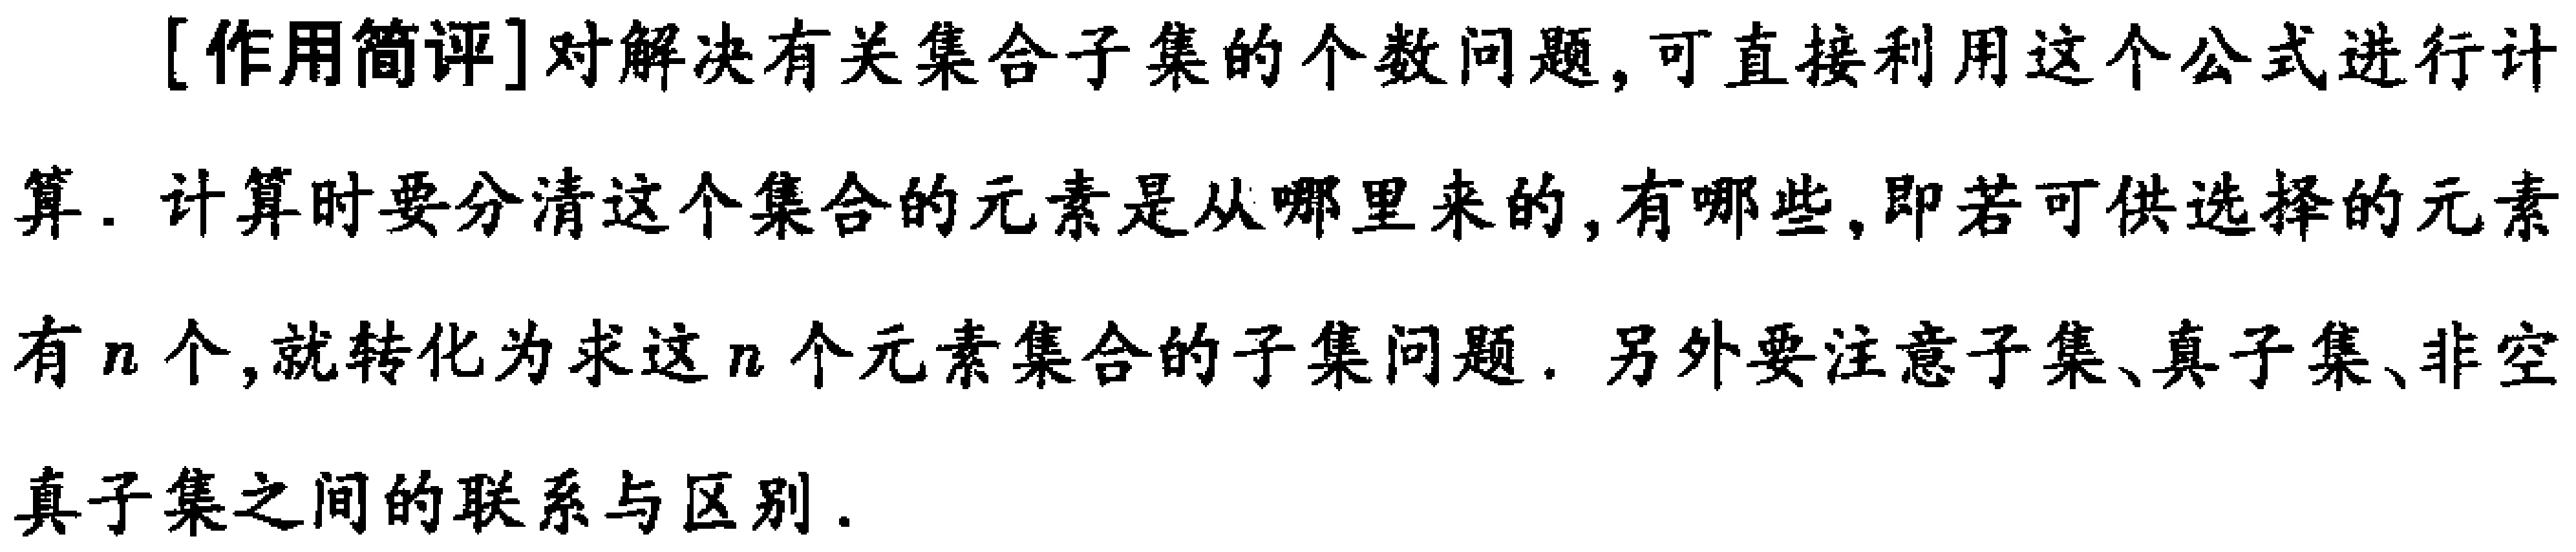
[作用简评]对解决有关集合子集的个数问题, 可直接利用这个公式进行计算. 计算时要分清这个集合的元素是从哪里来的, 有哪些, 即若可供选择的元素有\(n\)个, 就转化为求这\(n\)个元素集合的子集问题. 另外要注意子集、真子集、非空真子集之间的联系与区别.